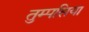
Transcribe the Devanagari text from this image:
तुम्पसिया